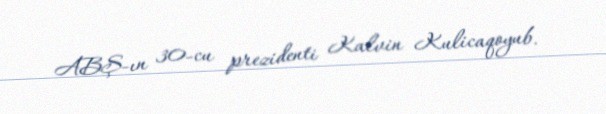
ABŞ-ın 30-cu prezidenti Kalvin Kulicaqoyub.